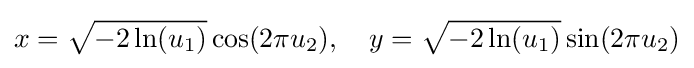
x={\sqrt {-2\ln(u_{1})}}\cos(2\pi u_{2}),\quad y={\sqrt {-2\ln(u_{1})}}\sin(2\pi u_{2})